Rangoon Lunatic Asylum 1898-1906 - 1898-1906
Year: 1898
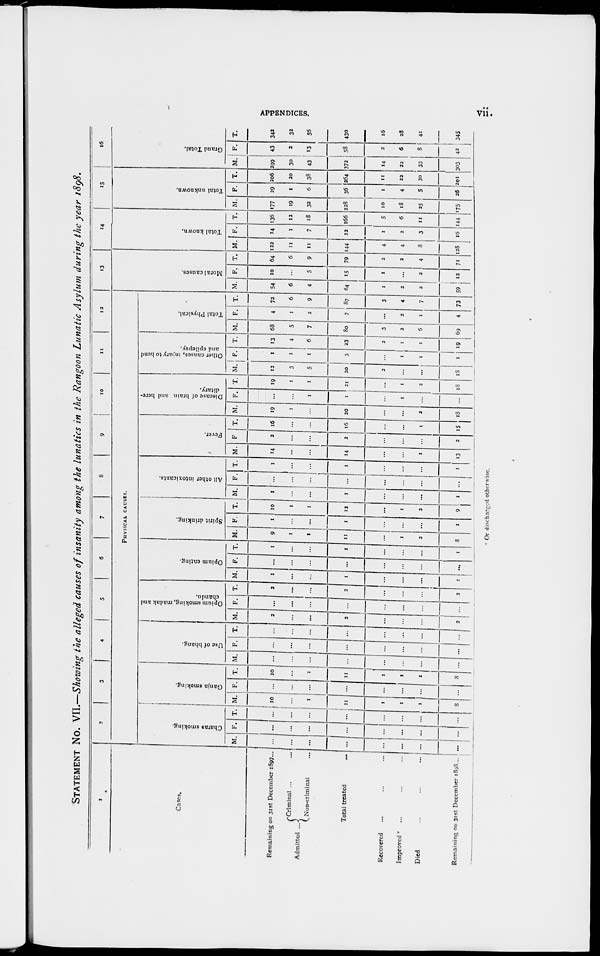
APPENDICES.
vii.
STATEMENT No. VII.—Showing the alleged causes of insanity among the lunatics in the Rangoon Lunatic Asylum during the year 1898.
1
Cases.
Remaining on 31st December 1897...
Admitted ...
Criminal ... ...
Non-criminal ...
Total treated ...
Recovered ... ... ...
Improved ... ... ...
Died
...
...
...
Remaining on 31st December 1898...
2
3
4
5
6
7
8
9
10 11
12
PHYSICAL CAUSES.
Charas smoking.
M.
...
...
...
...
...
...
. . .
...
F.
...
...
...
...
...
...
...
...
T.
...
...
...
...
...
...
...
...
Ganja smoking.
M.
10
...
1
11
1
1
1
8
F.
...
...
...
...
...
...
...
...
T.
10
...
1
11
1
1
1
8
Use of bhang.
M.
...
...
...
...
...
...
...
...
F.
...
...
...
...
...
...
...
...
T.
...
...
...
...
...
...
...
...
Opium smoking, madak and
chandu.
M.
2
...
...
2
...
...
...
2
F.
...
...
...
...
...
...
...
...
T.
2
...
...
2
...
...
...
2
Opium eating.
M.
1
...
...
1
...
...
...
1
F.
...
...
...
...
...
...
...
...
T.
1
...
...
1
...
...
...
1
Spirit drinking.
M.
9
1
1
11
...
1
2
8
F.
1
...
...
1
...
...
...
1
T.
10
1
1
12
...
1
2
9
All other intoxicants.
M.
1
...
...
1
...
...
...
1
F.
...
...
...
...
...
...
...
...
T.
1
...
...
1
...
...
...
1
Fever.
M.
14
...
...
14
...
...
1
13
F.
2
...
...
2
...
...
...
2
T.
16
...
...
16
...
...
1
15
Disease of brain and here-
ditary.
M.
19
1
...
20
...
...
2
18
F.
...
...
1
1
...
1
...
...
T.
19
1
1
21
...
1
2
18
Other causes, injury to head
and epilepsy.
M.
12
3
5
20
2
...
...
18
F.
1
1
1
3
...
1
1
1
T.
13
4
6
23
2
1
1
19
Total Physical.
M.
68
5
7
80
3
2
6
69
F.
4
1
2
7
...
2
1
4
T.
72
6
9
87
3
4
7
73
13
Moral causes.
M.
54
6
4
64
1
2
2
59
F.
10
...
5
15
1
...
2
12
T.
64
6
9
79
2
2
4
71
14
Total known.
M.
122
11
11
144
4
4
8
128
F.
14
1
7
22
1
2
3
16
T.
136
12
18
166
5
6
11
144
15
Total unknown.
M.
177
19
32
228
10
18
25
175
F.
29
1
6
36
1
4
5
26
T.
206
20
38
264
11
22
30
201
16
Grand Total.
M.
299
30
43
372
14
22
33
303
F.
43
2
13
58
2
6
8
43
T.
342
32
56
430
16
28
41
345
Or discharged otherwise.